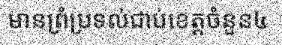
មានព្រំប្រទល់ជាប់ខេត្តចំនួន៤